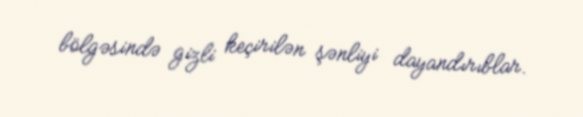
bölgəsində gizli keçirilən şənliyi dayandırıblar.